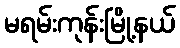
မရမ်းကုန်းမြို့နယ်